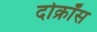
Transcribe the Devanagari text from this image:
दोक्रॉस